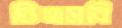
ভিএসবি